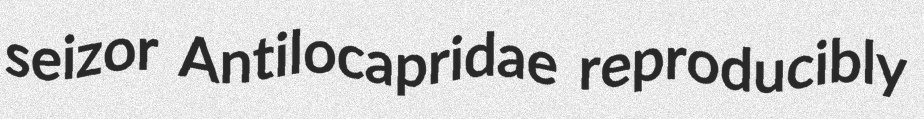
seizor Antilocapridae reproducibly